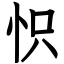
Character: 怾